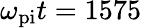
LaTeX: \omega_{\mathrm{pi}}t=1575